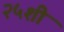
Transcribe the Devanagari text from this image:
२५शी